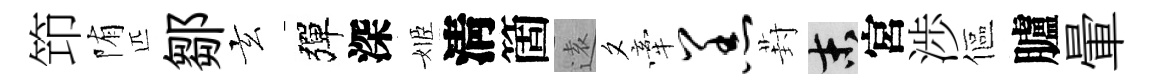
笻陏匹鄒玄彈深姬淸箇逺夕牽羔葑末宮渉傴臚暈